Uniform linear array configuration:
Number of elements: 16
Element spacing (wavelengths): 0.25
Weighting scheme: hann
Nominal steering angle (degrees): -60
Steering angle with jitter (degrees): -61.816
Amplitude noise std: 0.05
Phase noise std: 0.05

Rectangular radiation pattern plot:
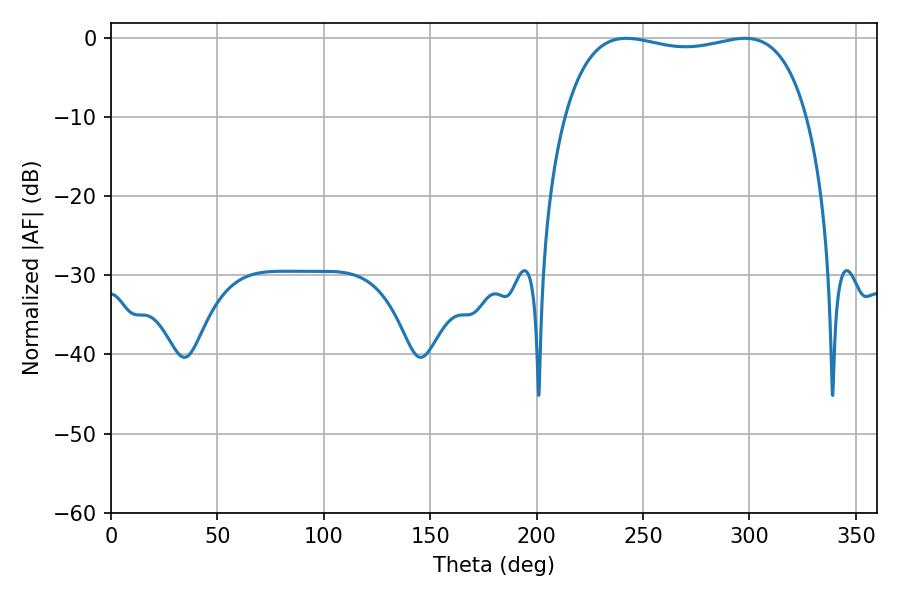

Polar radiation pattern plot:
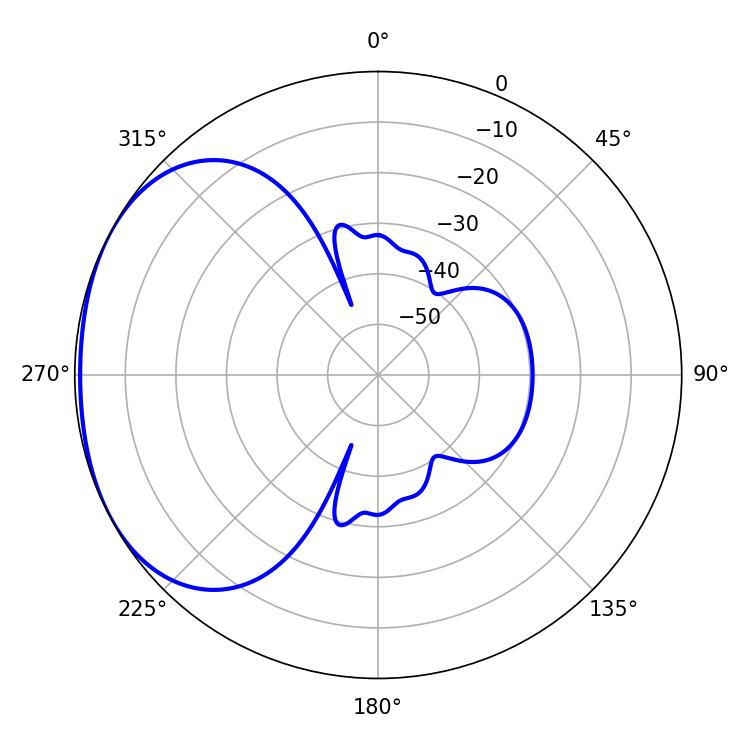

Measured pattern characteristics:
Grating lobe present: FALSE
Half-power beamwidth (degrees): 92.16
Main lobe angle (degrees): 242.1